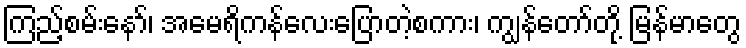
ကြည့်စမ်းနော်၊ အမေရိကန်လေးပြောတဲ့စကား၊ ကျွန်တော်တို့ မြန်မာတွေ